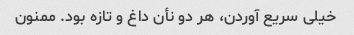
خیلی سریع آوردن، هر دو نأن داغ و تازه بود. ممنون